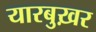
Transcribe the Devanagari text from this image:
यारबुख़र